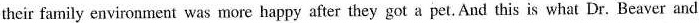
their family environment was more happy after they got a pet. And this is what Dr. Beaver and